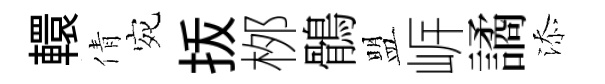
轘倩宛㧞桞鶻盟㟁譎添